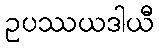
ဥပဿယဒါယီ